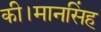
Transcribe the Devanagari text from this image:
की।मानसिंह